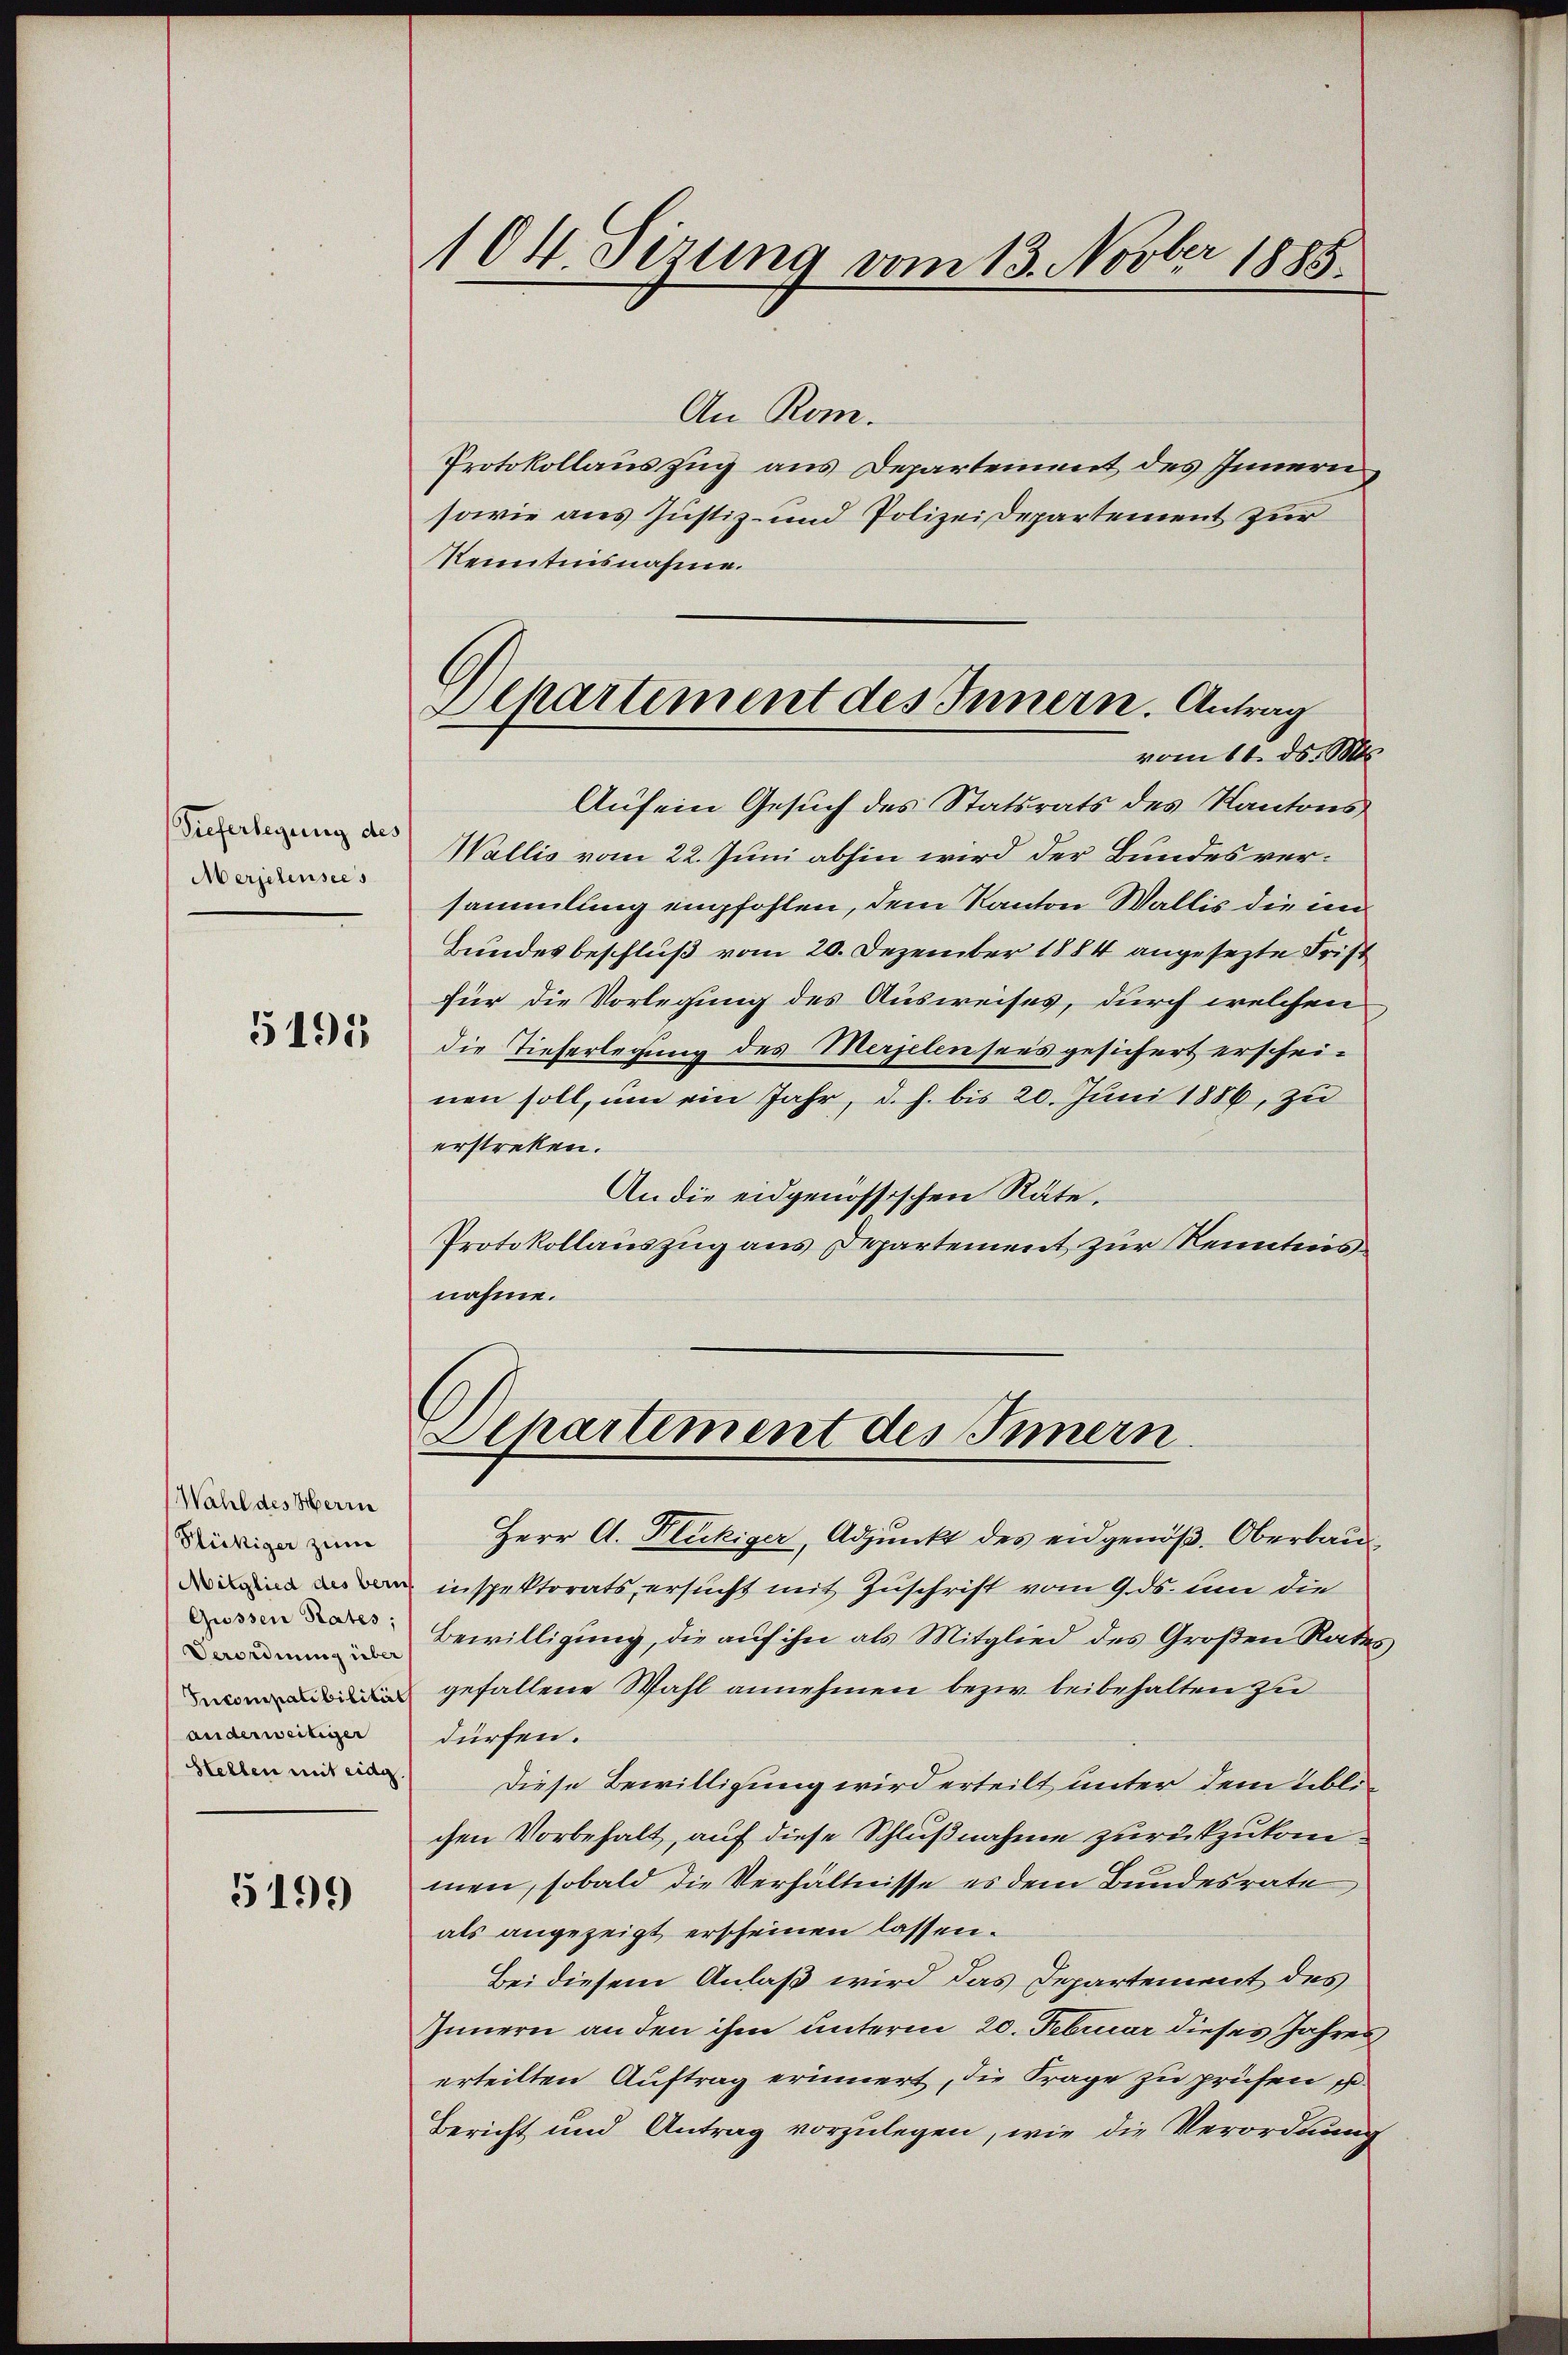
Vieferlegung des
Merselensees

5195

Wahl des Herrn
Flückiger zum
Gussen Rates;
Verordnung über
anderweitiger
Hellen mit eidg.

5199

104 Sizung vom 13. Novber 1885.

Departement des Innern. Antrag
vom 11. ds. Mts.

An Rom.
Protokollauszug aus Departement des Innern
sowie aus Justiz- und Polizeidepartement zur
Kenntnisnahme.
Aufein Gesuch des Statsrats des Kantons
Wallis vom 22. Juni abhin wird der Bundesversammlung empfohlen, dem Kanton Wallis die im
Bundesbeschluß vom 20. Dezember 1884 angesezte Frist
für die Vorlegung des Ausweises, durch welchen
die Tieferlegung des Merjelensees gesichert erscheinen soll, um ein Jahr, d. h. bis 20. Juni 1886, zu
erstreken.
An die eidgenössischen Räte.
Protokollauszug aus Departement zur Kenntnis
nahme.

Departement des Innern.

Herr A. Fleckiger, Adjunkt des eidgenöß. Oberbauinspektorats, ersucht mit Zuschrift vom 9. ds. um die
Bewilligung, die auf ihn als Mitglied des Großen Rates
 gefallene Wahl annehmen bezw. beibehalten zu
dürfen.
Diese Bewilligung wird erteilt unter dem Tiblichen Vorbehalt, auf diese Schlußnahme zurückzukommen, sobald die Verhältnisse es dem Bundesrate,
als angezeigt erscheinen lassen.
Bei diesem Anlaß wird das Departement des
Innern an den ihm unterm 20. Februar dieses Jahres
erteilten Auftrag erinnert, die Frage zu prüfen
Bericht und Antrag vorzulegen, wie die Verordnung